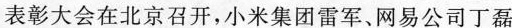
8.(2020·大同模拟)2019年8月29日，第五届全国非